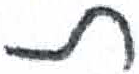
אות: ת